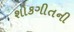
શોકગીતની